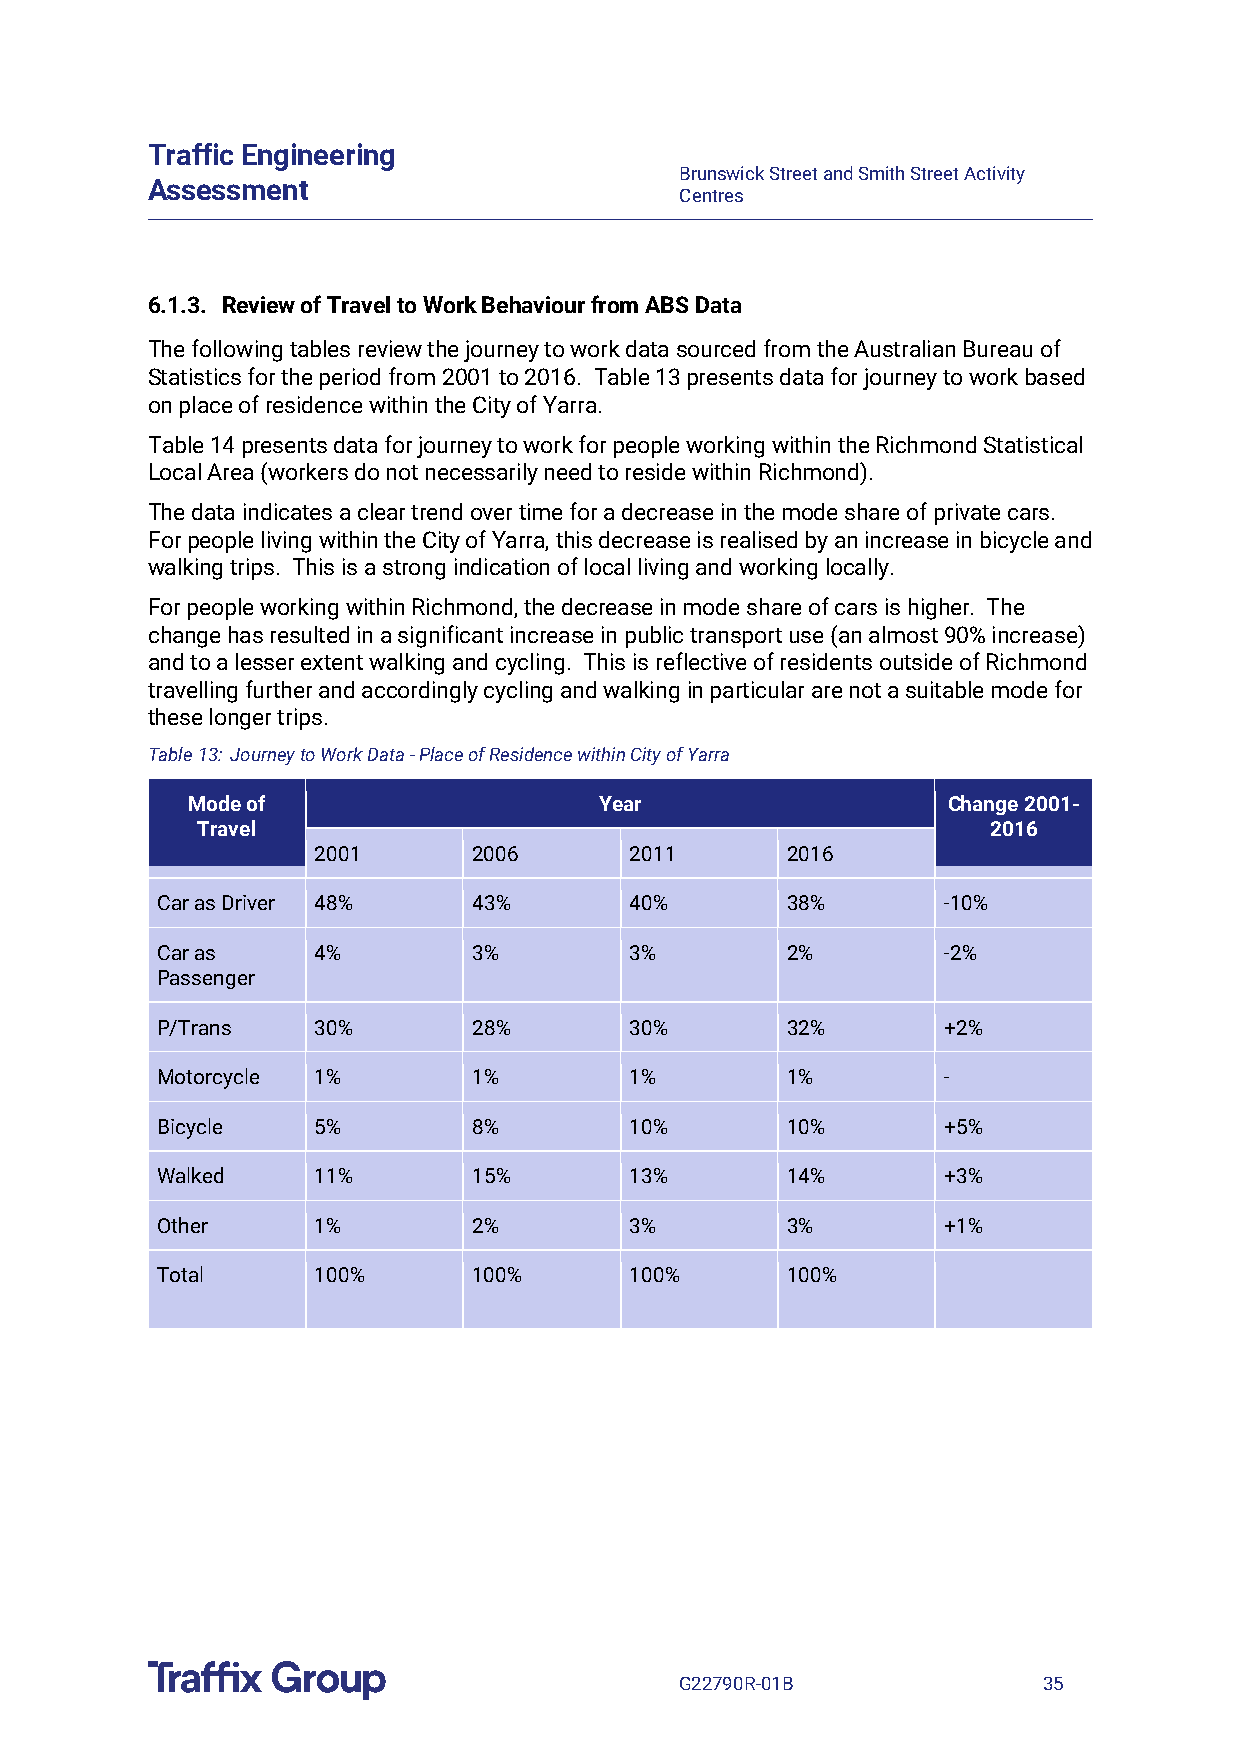
Traffic Engineering
 Brunswick Street and Smith Street Activity
 Assessment
 Centres
 6.1.3. Review of Travel to Work Behaviour from ABS Data
 The following tables review the journey to work data sourced from the Australian Bureau of
 Statistics for the period from 2001 to 2016. Table 13 presents data for journey to work based
 on place of residence within the City of Yarra.
 Table 14 presents data for journey to work for people working within the Richmond Statistical
 Local Area (workers do not necessarily need to reside within Richmond).
 The data indicates a clear trend over time for a decrease in the mode share of private cars.
 For people living within the City of Yarra, this decrease is realised by an increase in bicycle and
 walking trips. This is a strong indication of local living and working locally.
 For people working within Richmond, the decrease in mode share of cars is higher. The
 change has resulted in a significant increase in public transport use (an almost 90% increase)
 and to a lesser extent walking and cycling. This is reflective of residents outside of Richmond
 travelling further and accordingly cycling and walking in particular are not a suitable mode for
 these longer trips.
 Table 13: Journey to Work Data - Place of Residence within City of Yarra
 Mode of                     Year                   Change 2001-
 Travel                                              2016
 2001      2006       2011      2016
 Car as Driver 48%    43%        40%       38%       -10%
 Car as     4%        3%         3%        2%        -2%
 Passenger
 P/Trans    30%       28%        30%       32%       +2%
 Motorcycle 1%        1%         1%        1%        -
 Bicycle    5%        8%         10%       10%       +5%
 Walked     11%       15%        13%       14%       +3%
 Other      1%        2%         3%        3%        +1%
 Total      100%      100%       100%      100%
 G22790R-01B             35